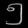
Digit: ၅